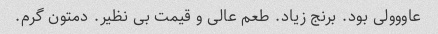
عاووولی بود. برنج زیاد. طعم عالی و قیمت بی نظیر. دمتون گرم.